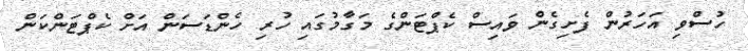
ހުސްވި އަހަރުން ފެށިގެން ވައިސް ކެޕްޓަންގެ މަގާމުގައި ހުރި ހެންޑަސަން އަށް ކެޕްޓަންކަން